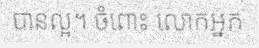
បានល្អ។ ចំពោះ លោកអ្នក